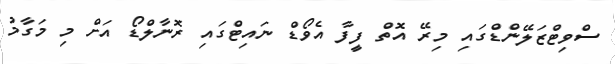
ސްވިޓްޒަލޭންޑްގައި މިރޭ އޮތް ފީފާ އެވޯޑް ނައިޓްގައި ރޮނާލްޑޯ އަށް މި މަގާމު